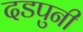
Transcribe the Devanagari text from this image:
दडपुनी